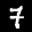
Label: 7